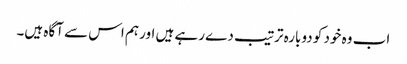
اب وہ خود کو دوبارہ ترتیب دے رہے ہیں اور ہم اس سے آگاہ ہیں۔